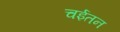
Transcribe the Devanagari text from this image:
चईतन